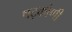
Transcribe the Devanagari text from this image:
षट्कोणी